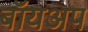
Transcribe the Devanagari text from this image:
बॉयअप